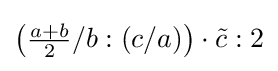
\left({\tfrac {a+b}{2}}/b:(c/a)\right)\cdot {\tilde {c}}:2